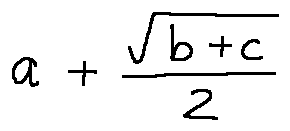
a + \frac { \sqrt { b + c } } { 2 }